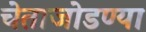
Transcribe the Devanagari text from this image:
चेताजोडण्या